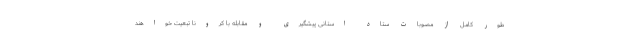
طور کامل از مصوبات ستاد استانی پیشگیری و مقابله با کرونا تبعیت خواهند